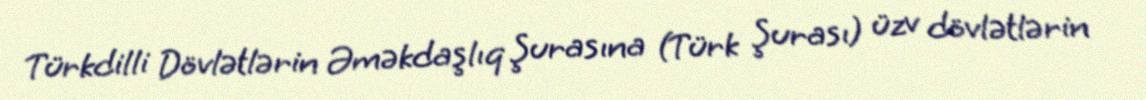
Türkdilli Dövlətlərin Əməkdaşlıq Şurasına (Türk Şurası) üzv dövlətlərin